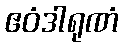
ဧဝံဒါရုဏံ